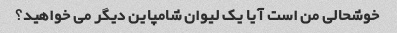
خوشحالی من است آیا یک لیوان شامپاین دیگر می خواهید؟